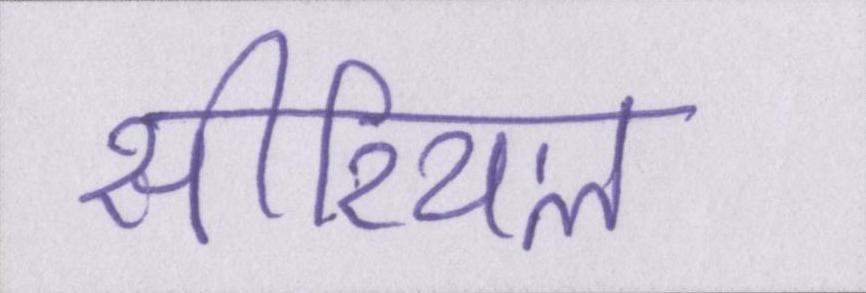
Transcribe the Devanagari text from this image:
सीरियल